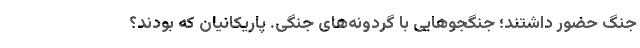
جنگ حضور داشتند؛ جنگجوهایی با گردونه‌های جنگی. پاریکانیان که بودند؟